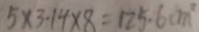
5 \times 3 . 1 4 \times 8 = 1 2 5 . 6 c m ^ { 2 }